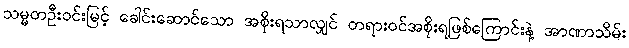
သမ္မတဦးဝင်းမြင့် ခေါင်းဆောင်သော အစိုးရသာလျှင် တရားဝင်အစိုးရဖြစ်ကြောင်းနဲ့ အာဏာသိမ်း